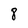
Character: 8